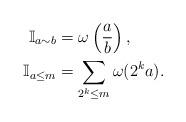
LaTeX: \begin{align*}\mathbb{I}_{a\sim b}&=\omega\left(\frac{a}{b}\right),\\\mathbb{I}_{a\leq m}&=\sum_{2^{k}\leq m} \omega(2^{k}a).\end{align*}